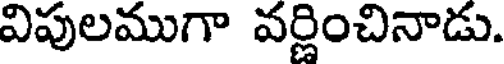
విపులముగా వర్ణించినాడు.